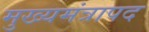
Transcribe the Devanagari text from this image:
मुख्यमंत्रापद